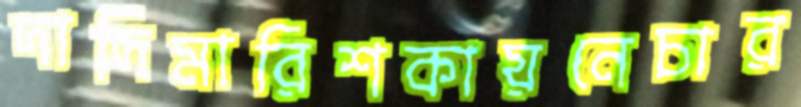
দাদিমারিশকায়নেচার